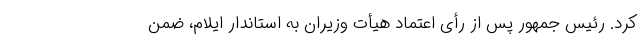
کرد. رئیس جمهور پس از رأی اعتماد هیأت وزیران به استاندار ایلام، ضمن